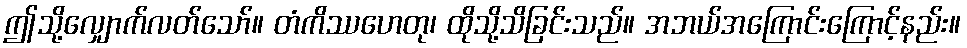
ဤသို့လျှောက်လတ်သော်။ တံကိဿဟေတု၊ ထိုသို့သိခြင်းသည်။ အဘယ်အကြောင်းကြောင့်နည်း။